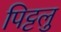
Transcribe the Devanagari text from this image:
पिट्टलु